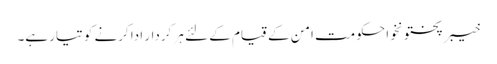
خیبرپختونخوا حکومت امن کے قیام کے لئے ہر کردار ادا کرنے کو تیار ہے۔